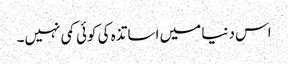
اس دنیا میں اساتذہ کی کوئی کمی نہیں۔